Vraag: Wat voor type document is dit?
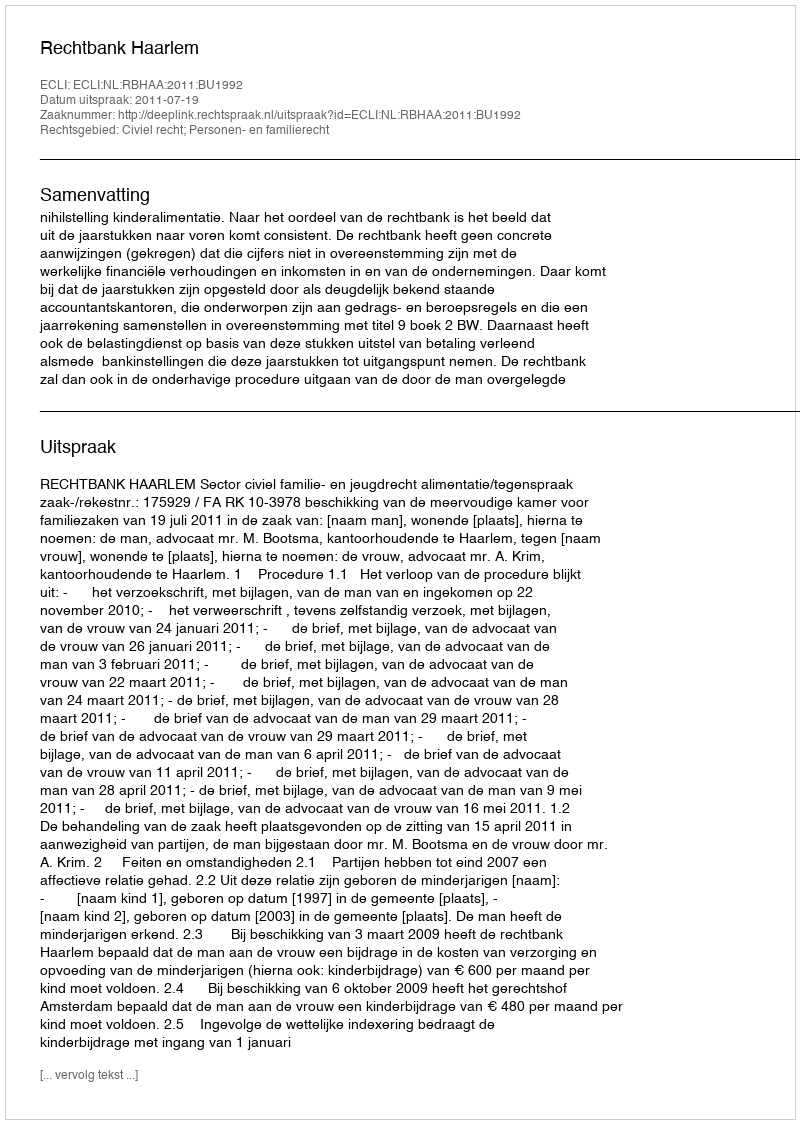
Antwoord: Uitspraak